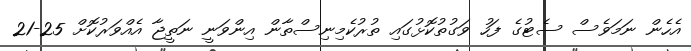
އެހެން ނަމަވެސް ސެޓުގެ ފަހު ވަގުތުކޮޅުގައި ތުރުކެމިނިސްތާން އިންވަނީ ނަތީޖާ އެއްވަރުކޮށް 25-21